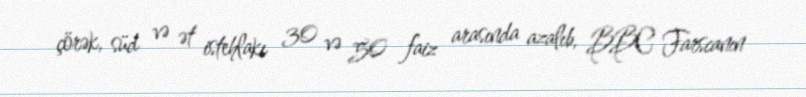
çörək, süd və ət istehlakı 30 və 50 faiz arasında azalıb, BBC Farscanın